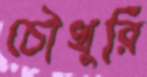
চৌখুরি